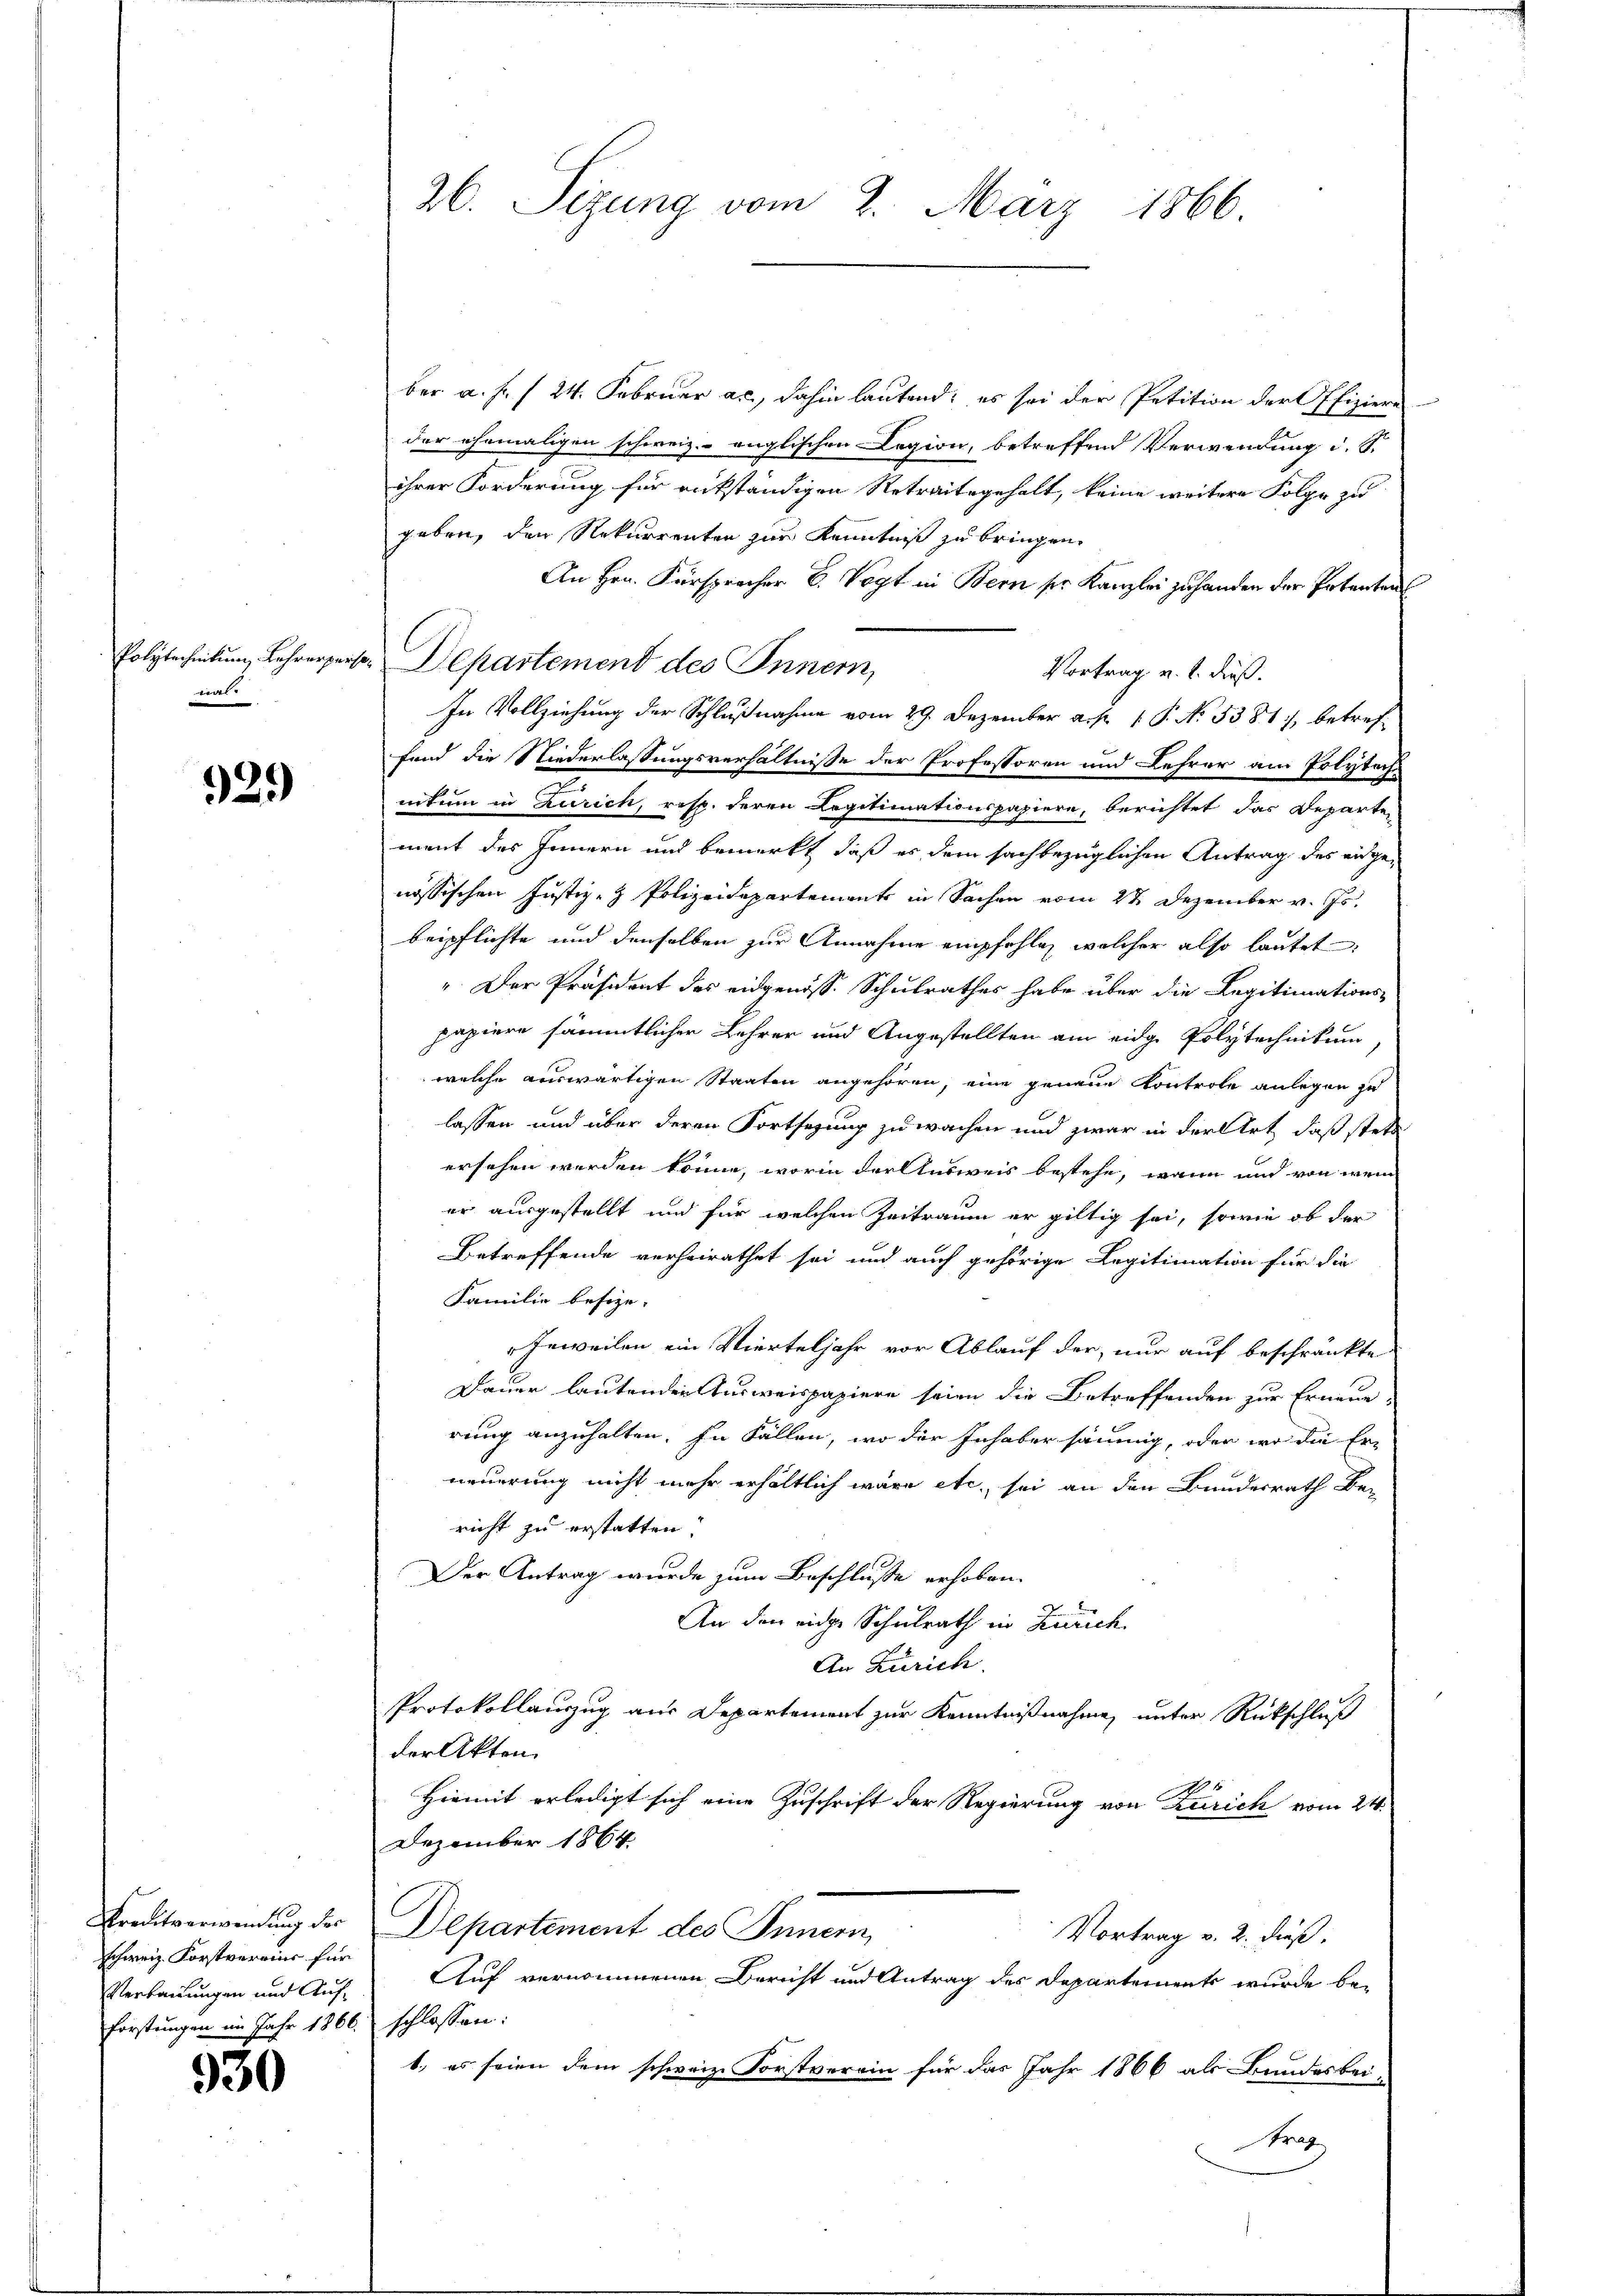
walr

329)

Kreditverwendung der
schweiz. Forstverains für
Verbauungen und Auf¬
Forstungen im Jahr 1866. schlossen:

930

ber a. f. (24. Februar an, dahin lautend; es sei der Petition der Offiziere
der ehemaligen schweiz.- englischen Legion, betreffend Verwendung d. S.
ihrer Forderung für rükständigen Retraitegehalt, keine weitere Folge zu
geben, den Rekurrenten zur Kenntniß zu bringen.
An Hrn. Fürsprecher E. Vogt in Bern ser Kanzlei zu handen der Patenten
Vortrag v. h. dieß.
In Vollziehung der Schlußnahme vom 29. Dezember a. p. 1 P. No 3381, betreffand die Niederlassungsverhältnisse der Professoren und Lehrer am Polytechnitum in Zürich, resp. deren Legitimationspapiere, berichtet das Departen
ment des Innern und bemerkt, daß es dem sachbezüglichen Antrag des eidgenössischen Justiz- & Polizeidepartements in Sachen vom 27. Dezember v. Js.
beipflichte und denselben zur Annahme empfehle, welcher also lautet:
" Der Präsident des eidgenöss. Schulrathes habe über die Legitimations-
papiere sämmtlicher Lehrer und Angestellten am eidge Polytechnikum
welche auswärtigen Staaten angehören, eine genaue Kontrole anlegen zu
lassen und über deren Fortsezung zu wachen und zwar in der Art, daß stets
ersehen werden könne, worin der Ausweis bestehe, wann und von wen
er ausgestellt und für welchen Zeitraum er giltig sei, sowie ob der
Betreffende verheirathet sei und auch gehörige Legitimation für die
Familie besize.
Jeweilen ein Vierteljahr vor Ablauf der nur auf beschränkte
Dauer lautenden Ausweispapiere seien die Betreffenden zur Erneue-
rung anzuhalten. In Fällen, wo der Inhaber säumig, oder wo die Er-
neuerung nicht mehr erhältlich wäre etc., sei an den Bundesrath Be-
richt zu erstatten.
Der Antrag wurde zum Beschlusse erhoben.
An den eine Schulrath in Zürich.
An Zürich.
Protokollauszug aus Departement zur Kenntnißnahme unter Rückschluß
der Akten.
Hiemit erledigt sich eine Zuschrift der Regierung von Zürich vom 24.
Dezember 1864
Departement des Innern,
Vortrag v. 2. dieß.
Auf vernommenen Bericht und Antrag des Departement wurde be-
1., es seien dem schweize Forstverein für das Jahr 1866 als Bundesbei-
Ara

26. Sizung vom 2. März 1866

Polytechnikum Lehrerperte. Departement des Innern,